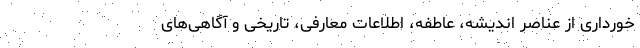
خورداری از عناصرِ اندیشه، عاطفه، اطلاعات معارفی، تاریخی و آگاهی‌های